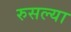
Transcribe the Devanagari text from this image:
रुसल्या